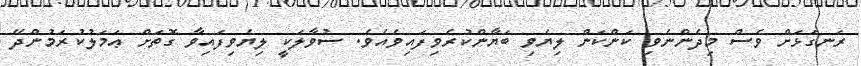
ރަނގަޅަށް ވެސް މިދެންނެވި ކަންކަން ލިޔެވި ބަޔާންކުރެވިފައިވެއެވެ. ސުވާލަކީ ލިޔެވިފައިވާ ގޮތަށް ޢަމަލުކުރަމުންދޭ